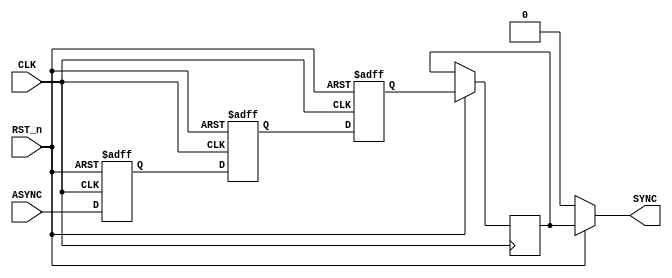
module Bit_Sync #(parameter NUM_STAGES = 'd4 , parameter BUS_WIDTH = 1)(

input RST_n   ,
input CLK     ,
input      [BUS_WIDTH -1  : 0] ASYNC ,

output     [BUS_WIDTH - 1 : 0] SYNC
);


reg [BUS_WIDTH - 1 : 0] FF_Stage [NUM_STAGES -1 : 0] ;
reg [BUS_WIDTH-1 : 0] data_SYN2; 

genvar i ;


assign SYNC =(RST_n)? data_SYN2 : 1'b0;

generate

	for(i = 0 ; i < NUM_STAGES ; i = i + 1)
	begin
	  
	  always @(posedge CLK or negedge RST_n)
	  begin
	  	
	  	if (!RST_n) begin
	  	    FF_Stage[i] <= 0;
	  	end


	  	else if (i == 0) begin
	  		FF_Stage[i] <= ASYNC;
	  	end

        
        else if(i == NUM_STAGES - 1) begin
            data_SYN2 <= FF_Stage [i-1]; 
        end
	  	
	  	else begin
	        FF_Stage[i] <= FF_Stage[i-1];		
	  	end

	  end
	end  
	
endgenerate


endmodule